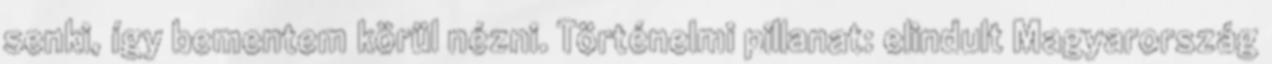
senki, így bementem körül nézni. Történelmi pillanat: elindult Magyarország